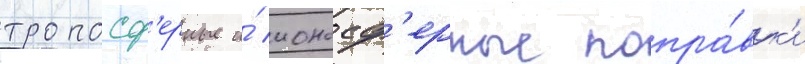
тропосф'ерные и́ ионосф'ерные попра́вк'и